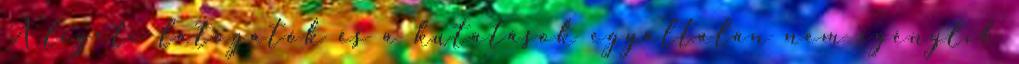
A ligeti látogatók és a kutatások egyáltalán nem igénylik